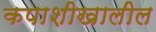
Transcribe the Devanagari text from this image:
कपाशीखालील